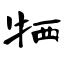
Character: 牺